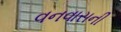
વનવાસની